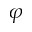
\varphi